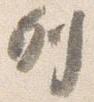
列